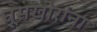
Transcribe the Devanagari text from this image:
घूसखोरांना